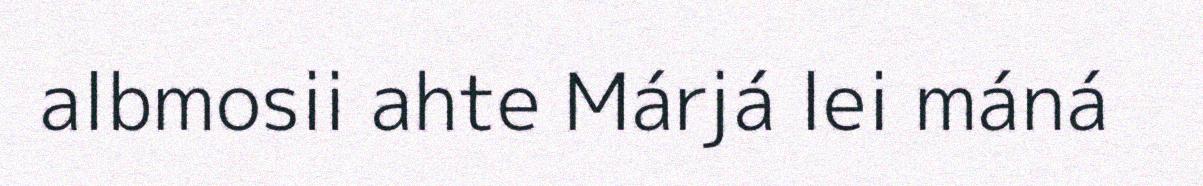
albmosii ahte Márjá lei máná